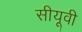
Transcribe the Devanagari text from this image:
सीयूवी